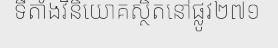
ទីតាំងវិនិយោគស្ថិតនៅផ្លូវ២៧១